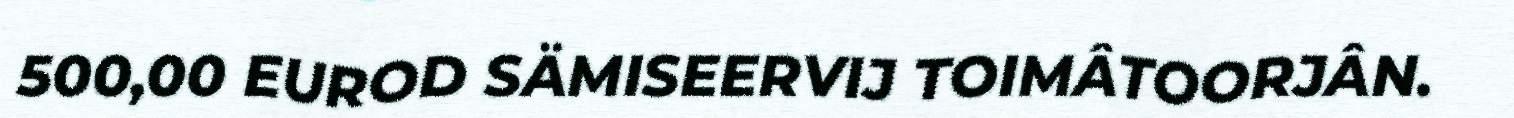
500,00 EUROD SÄMISEERVIJ TOIMÂTOORJÂN.